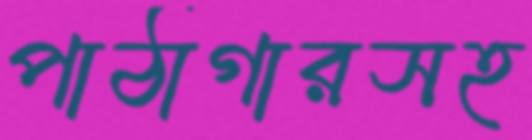
পাঠাগারসহ